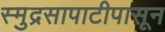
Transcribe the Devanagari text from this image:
स्मुद्रसापाटीपासून